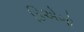
ડિએગો